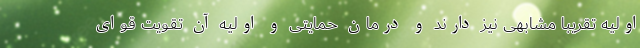
اولیه تقریبا مشابهی نیز دارند و درمان حمایتی و اولیه آن تقویت قوای